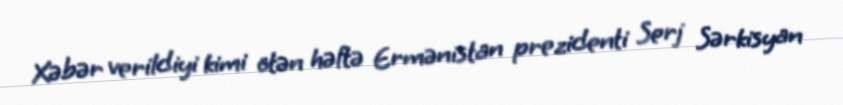
Xəbər verildiyi kimi ötən həftə Ermənistan prezidenti Serj Sərkisyan